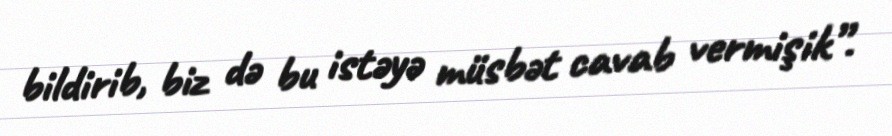
bildirib, biz də bu istəyə müsbət cavab vermişik”.